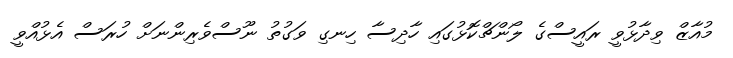
މުއާޒް ވިދާޅުވީ ރައީސްގެ ލޯންޗްކޮޅުގައި ހާދިސާ ހިނގި ވަގުތު ނޫސްވެރިންނަށް ހުރަސް އެޅުއްވީ